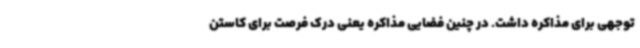
توجهی برای مذاکره داشت. در چنین فضایی مذاکره یعنی درک فرصت برای کاستن